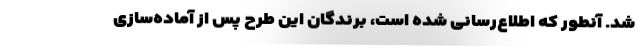
شد. آنطور که اطلاع‌رسانی شده است، برندگان این طرح پس از آماده‌سازی